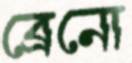
ব্রেনো